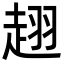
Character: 趐